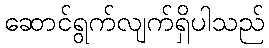
ဆောင်ရွက်လျက်ရှိပါသည်